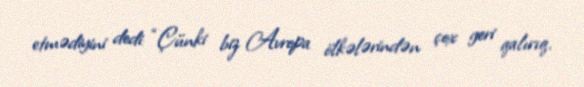
etmədiyini dedi: “Çünki biz Avropa ölkələrindən çox geri qalırıq.